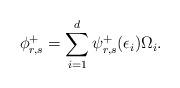
LaTeX: \begin{align*} \phi_{r,s}^+=\sum_{i=1}^d \psi_{r,s}^+(\epsilon_i) \Omega_i.\end{align*}